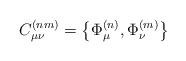
\begin{align*}C^{(nm)}_{\mu\nu} = \left\{ \Phi^{(n)}_{\mu} , \Phi^{(m)}_{\nu}\right\} \end{align*}